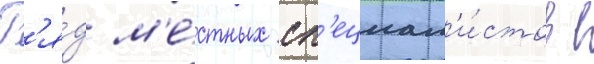
Р'я́д м'е́стных сп'ециал'и́стов в